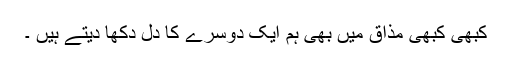
کبھی کبھی مذاق میں بھی ہم ایک دوسرے کا دل دکھا دیتے ہیں ۔